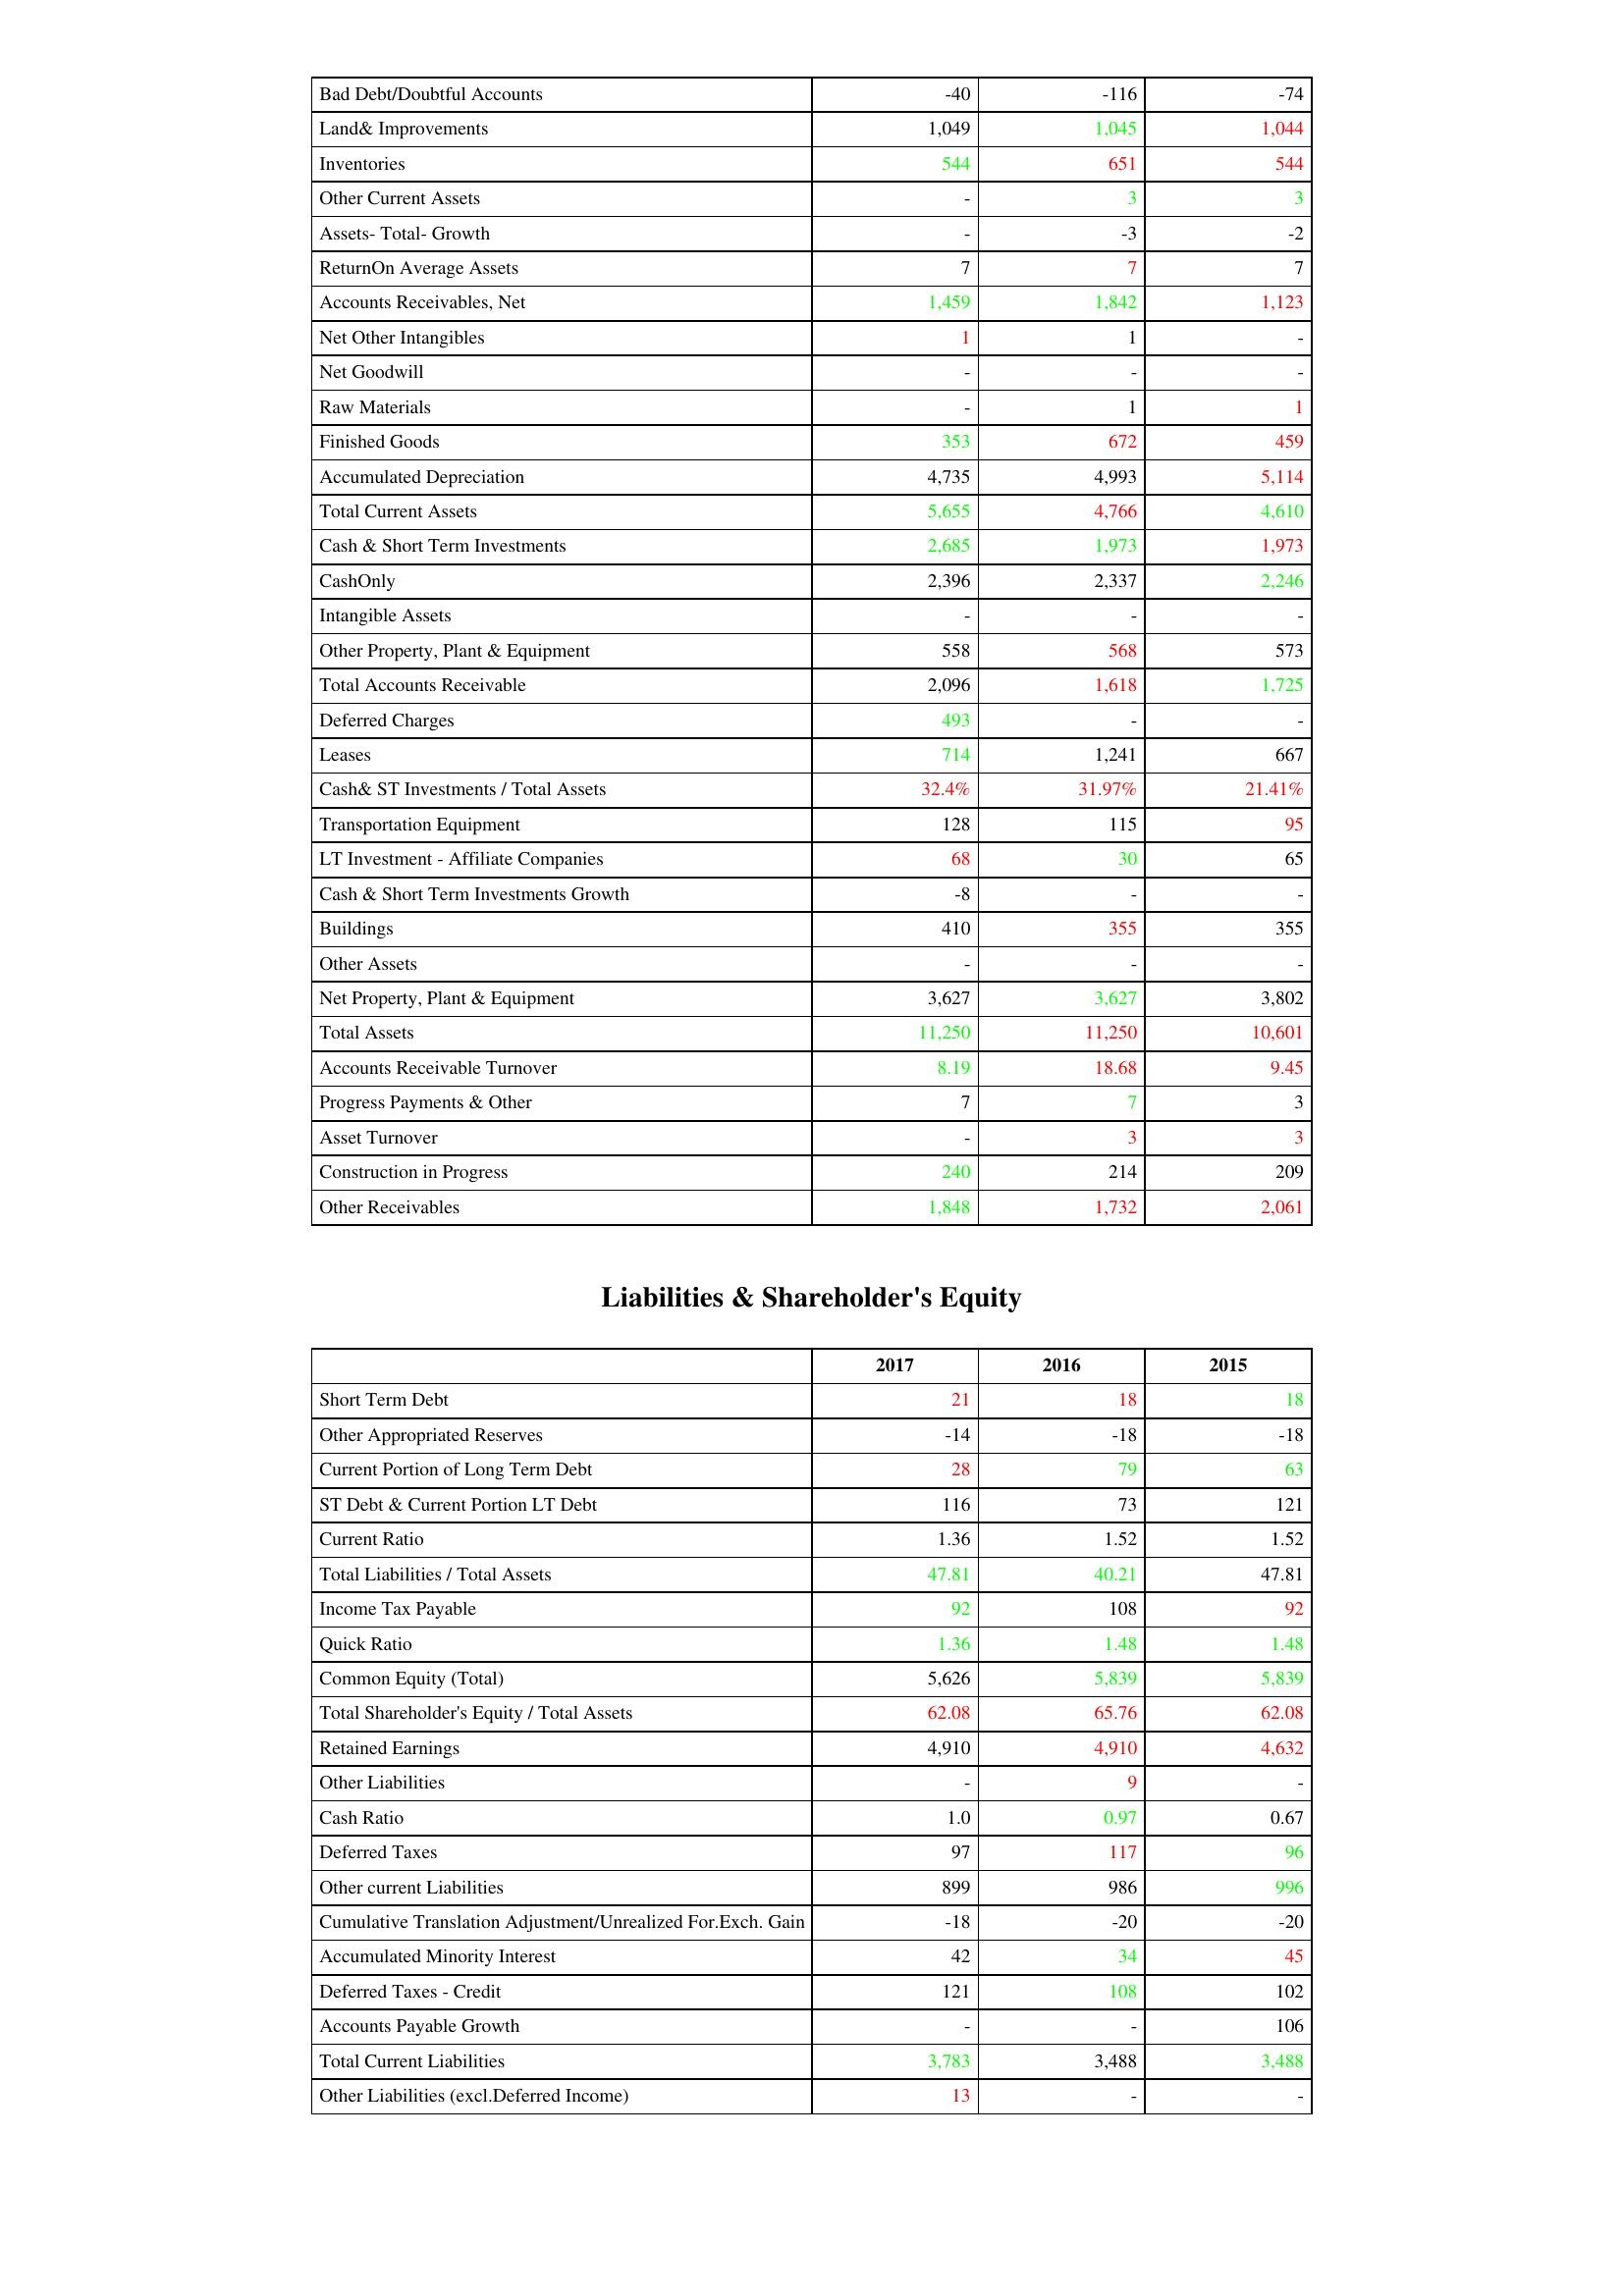
gt_parse: 2017: Assets: Bad Debt/Doubtful Accounts: -40
Land& Improvements: 1,049
Inventories: 544
Other Current Assets: -
Assets- Total- Growth: -
ReturnOn Average Assets: 7
Accounts Receivables, Net: 1,459
Net Other Intangibles: 1
Net Goodwill: -
Raw Materials: -
Finished Goods: 353
Accumulated Depreciation: 4,735
Total Current Assets: 5,655
Cash & Short Term Investments: 2,685
CashOnly: 2,396
Intangible Assets: -
Other Property, Plant & Equipment: 558
Total Accounts Receivable: 2,096
Deferred Charges: 493
Leases: 714
Cash& ST Investments / Total Assets: 32.4%
Transportation Equipment: 128
LT Investment - Affiliate Companies: 68
Cash & Short Term Investments Growth: -8
Buildings: 410
Other Assets: -
Net Property, Plant & Equipment: 3,627
Total Assets: 11,250
Accounts Receivable Turnover: 8.19
Progress Payments & Other: 7
Asset Turnover: -
Construction in Progress: 240
Other Receivables: 1,848
Liabilities & Shareholder's Equity: Short Term Debt: 21
Other Appropriated Reserves: -14
Current Portion of Long Term Debt: 28
ST Debt & Current Portion LT Debt: 116
Current Ratio: 1.36
Total Liabilities / Total Assets: 47.81
Income Tax Payable: 92
Quick Ratio: 1.36
Common Equity (Total): 5,626
Total Shareholder's Equity / Total Assets: 62.08
Retained Earnings: 4,910
Other Liabilities: -
Cash Ratio: 1.0
Deferred Taxes: 97
Other current Liabilities: 899
Cumulative Translation Adjustment/Unrealized For.Exch. Gain: -18
Accumulated Minority Interest: 42
Deferred Taxes - Credit: 121
Accounts Payable Growth: -
Total Current Liabilities: 3,783
Other Liabilities (excl.Deferred Income): 13
2016: Assets: Bad Debt/Doubtful Accounts: -116
Land& Improvements: 1,045
Inventories: 651
Other Current Assets: 3
Assets- Total- Growth: -3
ReturnOn Average Assets: 7
Accounts Receivables, Net: 1,842
Net Other Intangibles: 1
Net Goodwill: -
Raw Materials: 1
Finished Goods: 672
Accumulated Depreciation: 4,993
Total Current Assets: 4,766
Cash & Short Term Investments: 1,973
CashOnly: 2,337
Intangible Assets: -
Other Property, Plant & Equipment: 568
Total Accounts Receivable: 1,618
Deferred Charges: -
Leases: 1,241
Cash& ST Investments / Total Assets: 31.97%
Transportation Equipment: 115
LT Investment - Affiliate Companies: 30
Cash & Short Term Investments Growth: -
Buildings: 355
Other Assets: -
Net Property, Plant & Equipment: 3,627
Total Assets: 11,250
Accounts Receivable Turnover: 18.68
Progress Payments & Other: 7
Asset Turnover: 3
Construction in Progress: 214
Other Receivables: 1,732
Liabilities & Shareholder's Equity: Short Term Debt: 18
Other Appropriated Reserves: -18
Current Portion of Long Term Debt: 79
ST Debt & Current Portion LT Debt: 73
Current Ratio: 1.52
Total Liabilities / Total Assets: 40.21
Income Tax Payable: 108
Quick Ratio: 1.48
Common Equity (Total): 5,839
Total Shareholder's Equity / Total Assets: 65.76
Retained Earnings: 4,910
Other Liabilities: 9
Cash Ratio: 0.97
Deferred Taxes: 117
Other current Liabilities: 986
Cumulative Translation Adjustment/Unrealized For.Exch. Gain: -20
Accumulated Minority Interest: 34
Deferred Taxes - Credit: 108
Accounts Payable Growth: -
Total Current Liabilities: 3,488
Other Liabilities (excl.Deferred Income): -
2015: Assets: Bad Debt/Doubtful Accounts: -74
Land& Improvements: 1,044
Inventories: 544
Other Current Assets: 3
Assets- Total- Growth: -2
ReturnOn Average Assets: 7
Accounts Receivables, Net: 1,123
Net Other Intangibles: -
Net Goodwill: -
Raw Materials: 1
Finished Goods: 459
Accumulated Depreciation: 5,114
Total Current Assets: 4,610
Cash & Short Term Investments: 1,973
CashOnly: 2,246
Intangible Assets: -
Other Property, Plant & Equipment: 573
Total Accounts Receivable: 1,725
Deferred Charges: -
Leases: 667
Cash& ST Investments / Total Assets: 21.41%
Transportation Equipment: 95
LT Investment - Affiliate Companies: 65
Cash & Short Term Investments Growth: -
Buildings: 355
Other Assets: -
Net Property, Plant & Equipment: 3,802
Total Assets: 10,601
Accounts Receivable Turnover: 9.45
Progress Payments & Other: 3
Asset Turnover: 3
Construction in Progress: 209
Other Receivables: 2,061
Liabilities & Shareholder's Equity: Short Term Debt: 18
Other Appropriated Reserves: -18
Current Portion of Long Term Debt: 63
ST Debt & Current Portion LT Debt: 121
Current Ratio: 1.52
Total Liabilities / Total Assets: 47.81
Income Tax Payable: 92
Quick Ratio: 1.48
Common Equity (Total): 5,839
Total Shareholder's Equity / Total Assets: 62.08
Retained Earnings: 4,632
Other Liabilities: -
Cash Ratio: 0.67
Deferred Taxes: 96
Other current Liabilities: 996
Cumulative Translation Adjustment/Unrealized For.Exch. Gain: -20
Accumulated Minority Interest: 45
Deferred Taxes - Credit: 102
Accounts Payable Growth: 106
Total Current Liabilities: 3,488
Other Liabilities (excl.Deferred Income): -